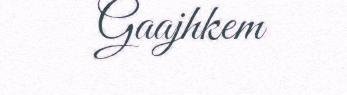
Gaajhkem